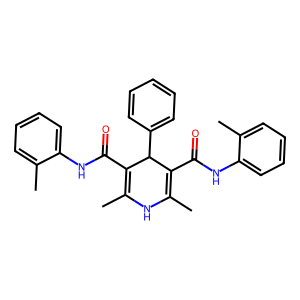
SMILES: CC1=C(C(=O)Nc2ccccc2C)C(c2ccccc2)C(C(=O)Nc2ccccc2C)=C(C)N1
Inhibits HIV replication: No